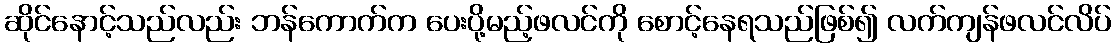
ဆိုင်နောင့်သည်လည်း ဘန်ကောက်က ပေးပို့မည့်ဖလင်ကို စောင့်နေရသည်ဖြစ်၍ လက်ကျန်ဖလင်လိပ်